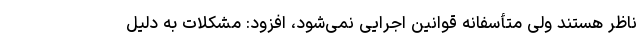
ناظر هستند ولی متأسفانه قوانین اجرایی نمی‌شود، افزود: مشکلات به دلیل